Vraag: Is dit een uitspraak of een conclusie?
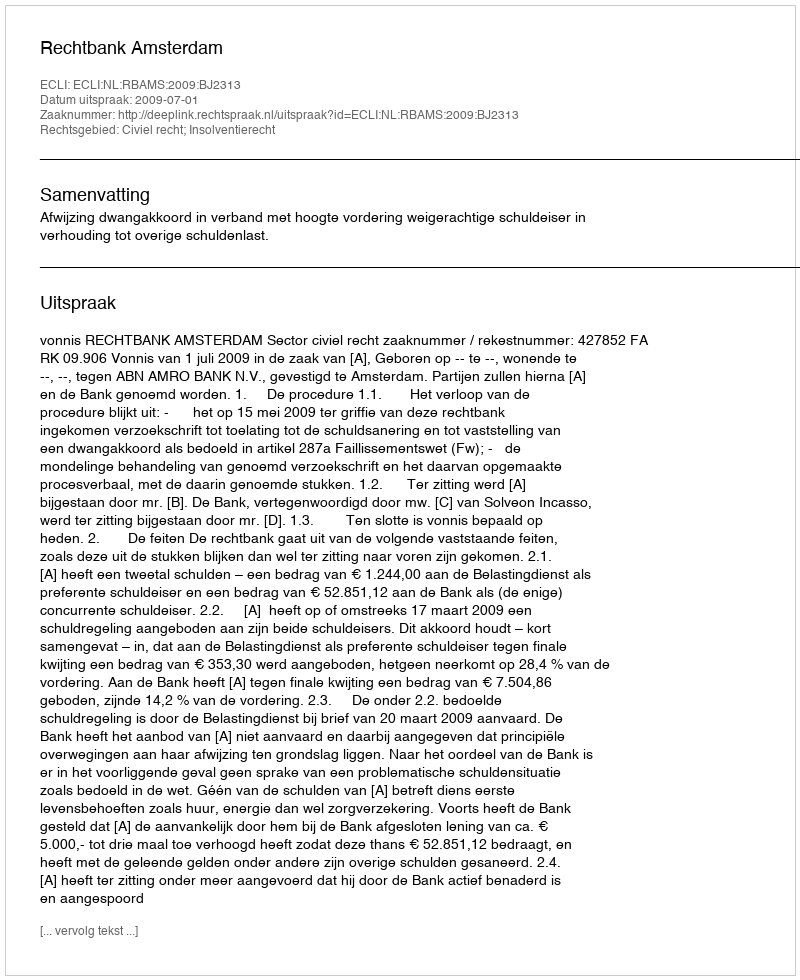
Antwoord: Uitspraak